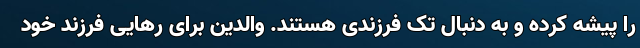
را پیشه کرده و به دنبال تک فرزندی هستند. والدین برای رهایی فرزند خود